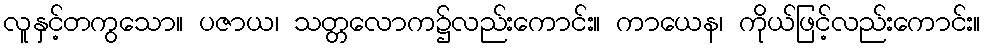
လူနှင့်တကွသော။ ပဇာယ၊ သတ္တလောက၌လည်းကောင်း။ ကာယေန၊ ကိုယ်ဖြင့်လည်းကောင်း။